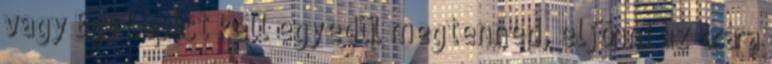
vagy Egy lépést kell egyedül megtenned, eljönni az órára